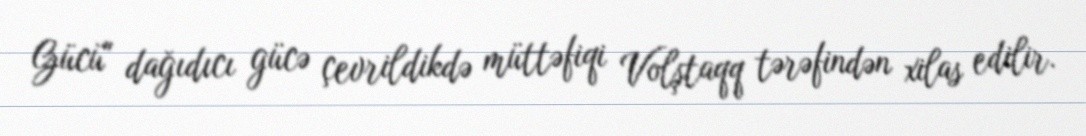
Gücü" dağıdıcı gücə çevrildikdə müttəfiqi Volştaqq tərəfindən xilas edilir.